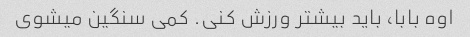
اوه بابا، باید بیشتر ورزش کنی. کمی سنگین میشوی